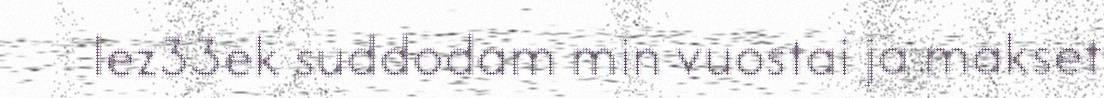
lez33ek suddodam min vuostai ja makset